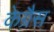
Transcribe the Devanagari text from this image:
केग्रैस